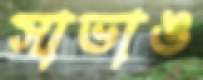
সাভাঙ